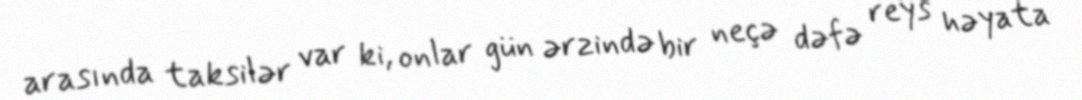
arasında taksilər var ki, onlar gün ərzində bir neçə dəfə reys həyata